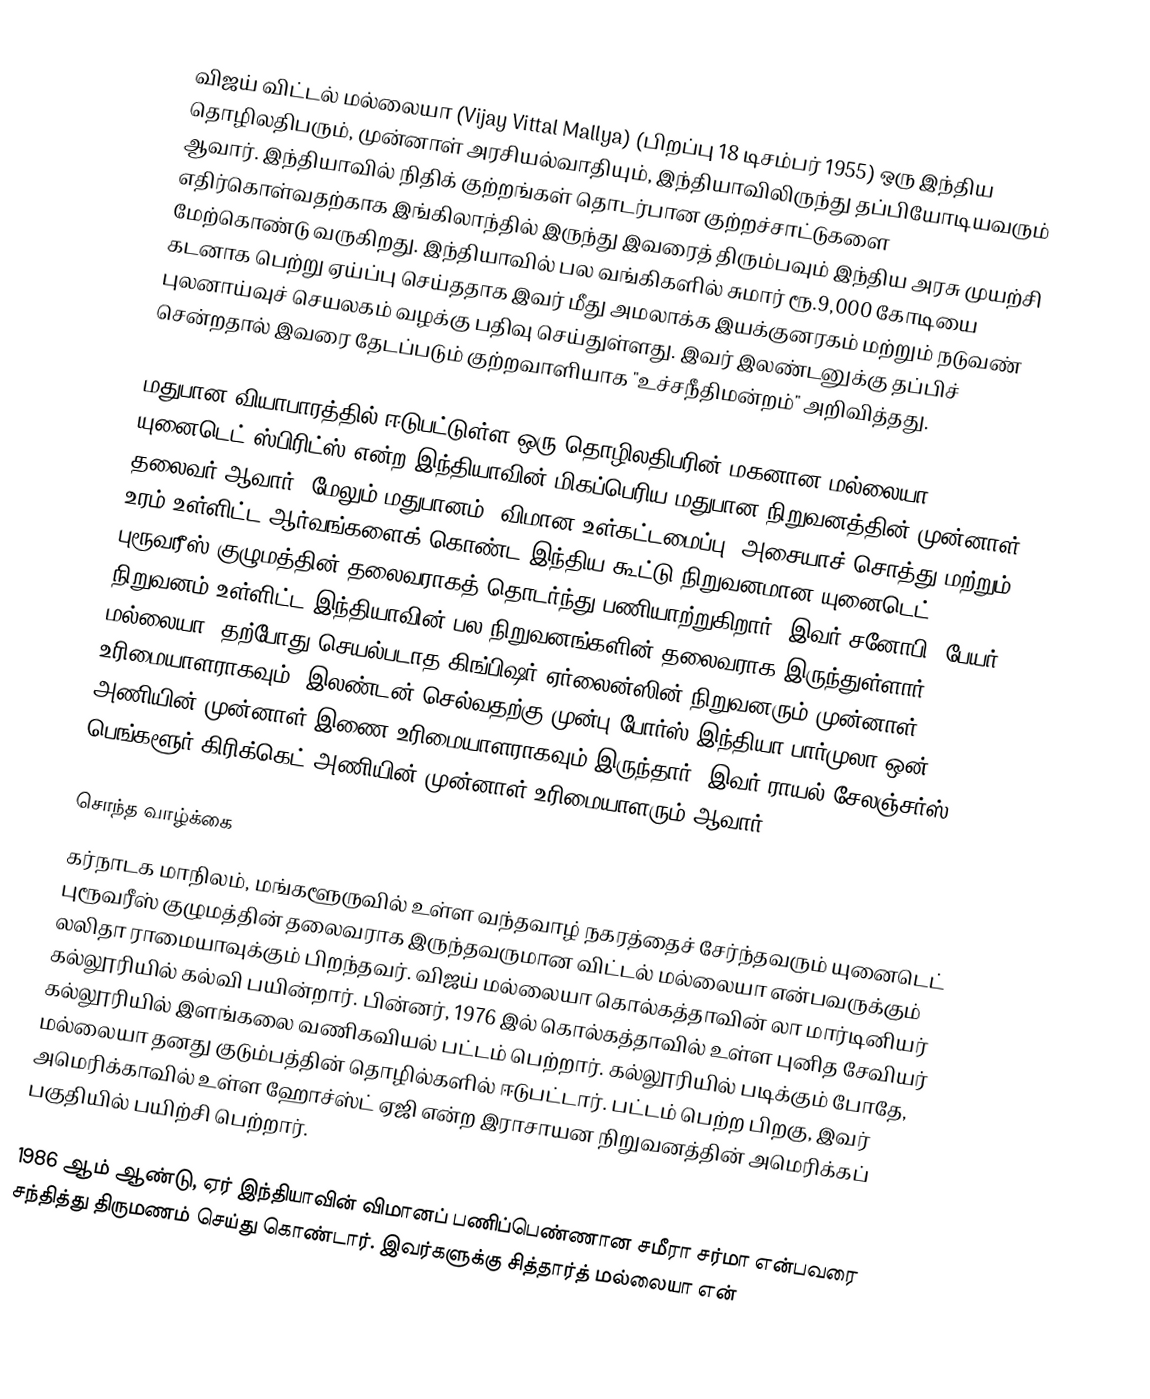
விஜய் விட்டல் மல்லையா (Vijay Vittal Mallya) (பிறப்பு 18 டிசம்பர் 1955) ஒரு இந்திய தொழிலதிபரும், முன்னாள் அரசியல்வாதியும், இந்தியாவிலிருந்து தப்பியோடியவரும் ஆவார். இந்தியாவில் நிதிக் குற்றங்கள் தொடர்பான குற்றச்சாட்டுகளை எதிர்கொள்வதற்காக இங்கிலாந்தில் இருந்து இவரைத் திரும்பவும் இந்திய அரசு முயற்சி மேற்கொண்டு வருகிறது. இந்தியாவில் பல வங்கிகளில் சுமார் ரூ.9,000 கோடியை கடனாக பெற்று ஏய்ப்பு செய்ததாக இவர் மீது அமலாக்க இயக்குனரகம் மற்றும் நடுவண் புலனாய்வுச் செயலகம் வழக்கு பதிவு செய்துள்ளது. இவர் இலண்டனுக்கு தப்பிச் சென்றதால் இவரை தேடப்படும் குற்றவாளியாக "உச்சநீதிமன்றம்" அறிவித்தது.

மதுபான வியாபாரத்தில் ஈடுபட்டுள்ள ஒரு தொழிலதிபரின் மகனான மல்லையா, யுனைடெட் ஸ்பிரிட்ஸ் என்ற இந்தியாவின் மிகப்பெரிய மதுபான நிறுவனத்தின் முன்னாள் தலைவர் ஆவார். மேலும் மதுபானம், விமான உள்கட்டமைப்பு, அசையாச் சொத்து மற்றும் உரம் உள்ளிட்ட ஆர்வங்களைக் கொண்ட இந்திய கூட்டு நிறுவனமான யுனைடெட் புரூவரீஸ் குழுமத்தின் தலைவராகத் தொடர்ந்து பணியாற்றுகிறார். இவர் சனோபி, பேயர் நிறுவனம் உள்ளிட்ட இந்தியாவின் பல நிறுவனங்களின் தலைவராக இருந்துள்ளார்.  மல்லையா, தற்போது செயல்படாத கிங்பிஷர் ஏர்லைன்ஸின் நிறுவனரும் முன்னாள் உரிமையாளராகவும், இலண்டன் செல்வதற்கு முன்பு போர்ஸ் இந்தியா பார்முலா ஒன் அணியின் முன்னாள் இணை உரிமையாளராகவும் இருந்தார். இவர் ராயல் சேலஞ்சர்ஸ் பெங்களூர் கிரிக்கெட் அணியின் முன்னாள் உரிமையாளரும் ஆவார்.

சொந்த வாழ்க்கை
கர்நாடக மாநிலம், மங்களூருவில் உள்ள வந்தவாழ் நகரத்தைச் சேர்ந்தவரும் யுனைடெட்  புரூவரீஸ் குழுமத்தின் தலைவராக இருந்தவருமான விட்டல் மல்லையா  என்பவருக்கும் லலிதா ராமையாவுக்கும் பிறந்தவர். விஜய் மல்லையா கொல்கத்தாவின் லா மார்டினியர் கல்லூரியில் கல்வி பயின்றார். பின்னர், 1976 இல் கொல்கத்தாவில் உள்ள புனித சேவியர் கல்லூரியில்   இளங்கலை வணிகவியல் பட்டம் பெற்றார்.  கல்லூரியில் படிக்கும் போதே, மல்லையா தனது குடும்பத்தின் தொழில்களில் ஈடுபட்டார். பட்டம் பெற்ற பிறகு, இவர் அமெரிக்காவில் உள்ள  ஹோச்ஸ்ட் ஏஜி என்ற இராசாயன நிறுவனத்தின் அமெரிக்கப் பகுதியில் பயிற்சி பெற்றார்.

1986 ஆம் ஆண்டு, ஏர் இந்தியாவின் விமானப் பணிப்பெண்ணான சமீரா சர்மா என்பவரை சந்தித்து திருமணம் செய்து கொண்டார். இவர்களுக்கு சித்தார்த் மல்லையா என்